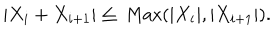
LaTeX: | X _ { i } + X _ { i + 1 } | \leq \mathrm { ~ M a x } ( | X _ { i } | , | X _ { i + 1 } | ) .